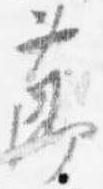
節